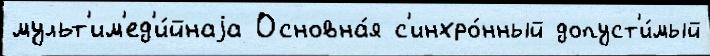
мульт'им'ед'и́йнаjа Основна́я с'инхро́нный допуст'и́мый